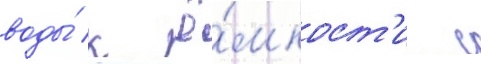
воды́ к ё́мкост'и с